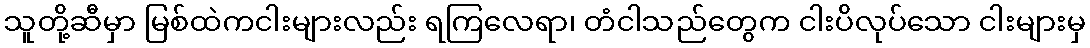
သူတို့ဆီမှာ မြစ်ထဲကငါးများလည်း ရကြလေရာ၊ တံငါသည်တွေက ငါးပိလုပ်သော ငါးများမှ